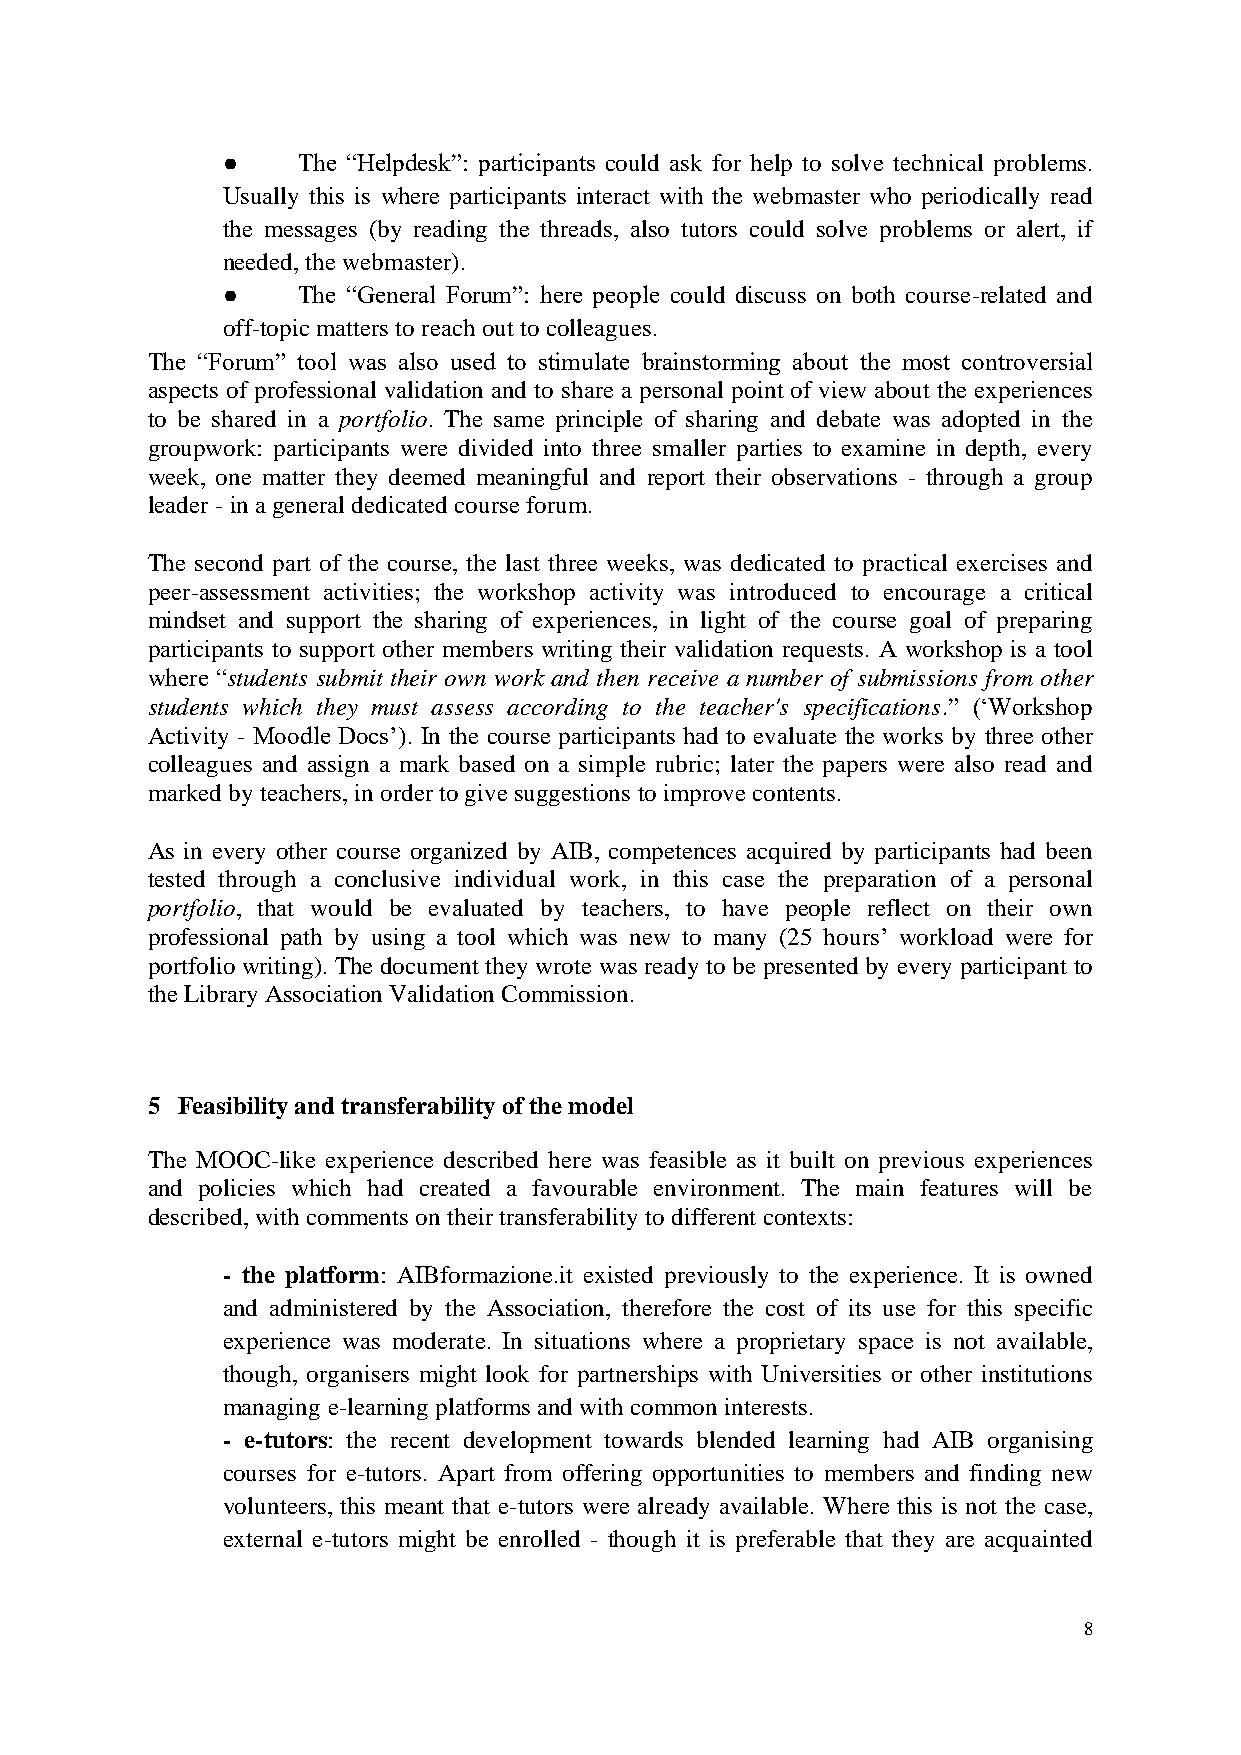
●    The “Helpdesk”: participants could ask for help to solve technical problems.
 Usually this is where participants interact with the webmaster who periodically read
 the messages (by reading the threads, also tutors could solve problems or alert, if
 needed, the webmaster).
 ●    The “General Forum”: here people could discuss on both course-related and
 off-topic matters to reach out to colleagues.
 The “Forum” tool was also used to stimulate brainstorming about the most controversial
 aspects of professional validation and to share a personal point of view about the experiences
 to be shared in a portfolio. The same principle of sharing and debate was adopted in the
 groupwork: participants were divided into three smaller parties to examine in depth, every
 week, one matter they deemed meaningful and report their observations - through a group
 leader - in a general dedicated course forum.
 The second part of the course, the last three weeks, was dedicated to practical exercises and
 peer-assessment activities; the workshop activity was introduced to encourage a critical
 mindset and support the sharing of experiences, in light of the course goal of preparing
 participants to support other members writing their validation requests. A workshop is a tool
 where “students submit their own work and then receive a number of submissions from other
 students which they must assess according to the teacher's specifications.” (‘Workshop
 Activity - Moodle Docs’). In the course participants had to evaluate the works by three other
 colleagues and assign a mark based on a simple rubric; later the papers were also read and
 marked by teachers, in order to give suggestions to improve contents.
 As in every other course organized by AIB, competences acquired by participants had been
 tested through a conclusive individual work, in this case the preparation of a personal
 portfolio, that would be evaluated by teachers, to have people reflect on their own
 professional path by using a tool which was new to many (25 hours’ workload were for
 portfolio writing). The document they wrote was ready to be presented by every participant to
 the Library Association Validation Commission.
 5 Feasibility and transferability of the model
 The MOOC-like experience described here was feasible as it built on previous experiences
 and policies which had created a favourable environment. The main features will be
 described, with comments on their transferability to different contexts:
 - the platform: AIBformazione.it existed previously to the experience. It is owned
 and administered by the Association, therefore the cost of its use for this specific
 experience was moderate. In situations where a proprietary space is not available,
 though, organisers might look for partnerships with Universities or other institutions
 managing e-learning platforms and with common interests.
 - e-tutors: the recent development towards blended learning had AIB organising
 courses for e-tutors. Apart from offering opportunities to members and finding new
 volunteers, this meant that e-tutors were already available. Where this is not the case,
 external e-tutors might be enrolled - though it is preferable that they are acquainted
 8